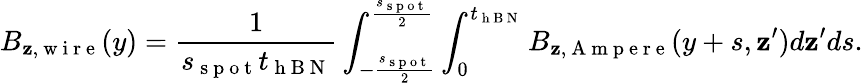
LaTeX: B_{\mathbf{z},\mathrm{{~w~i~r~e~}}}(y)=\frac{{1}}{{s_{\mathrm{{~s~p~o~t~}}}t_{\mathrm{{~h~B~N~}}}}}\int_{-\frac{{s_{\mathrm{{~s~p~o~t~}}}}}{{2}}}^{\frac{{s_{\mathrm{{~s~p~o~t~}}}}}{{2}}}\int_{0}^{t_{\mathrm{{~h~B~N~}}}}B_{\mathbf{z},\mathrm{{~A~m~p~e~r~e~}}}(y+s,\mathbf{z}^{\prime})d\mathbf{z}^{\prime}ds.